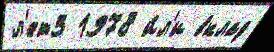
л'ет3 1978 и́л'и вклад